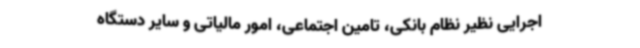
اجرایی نظیر نظام بانکی، تامین اجتماعی، امور مالیاتی و سایر دستگاه